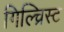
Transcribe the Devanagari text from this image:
गिल्च्रिस्ट